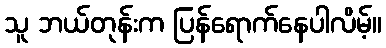
သူ ဘယ်တုန်းက ပြန်ရောက်နေပါလိမ့်။